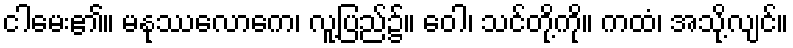
ငါမေး၏။ မနုဿလောကေ၊ လူ့ပြည်၌။ ဝေါ၊ သင်တို့ကို။ ကထံ၊ အသို့လျင်။